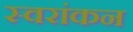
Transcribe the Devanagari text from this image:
स्वरांकन